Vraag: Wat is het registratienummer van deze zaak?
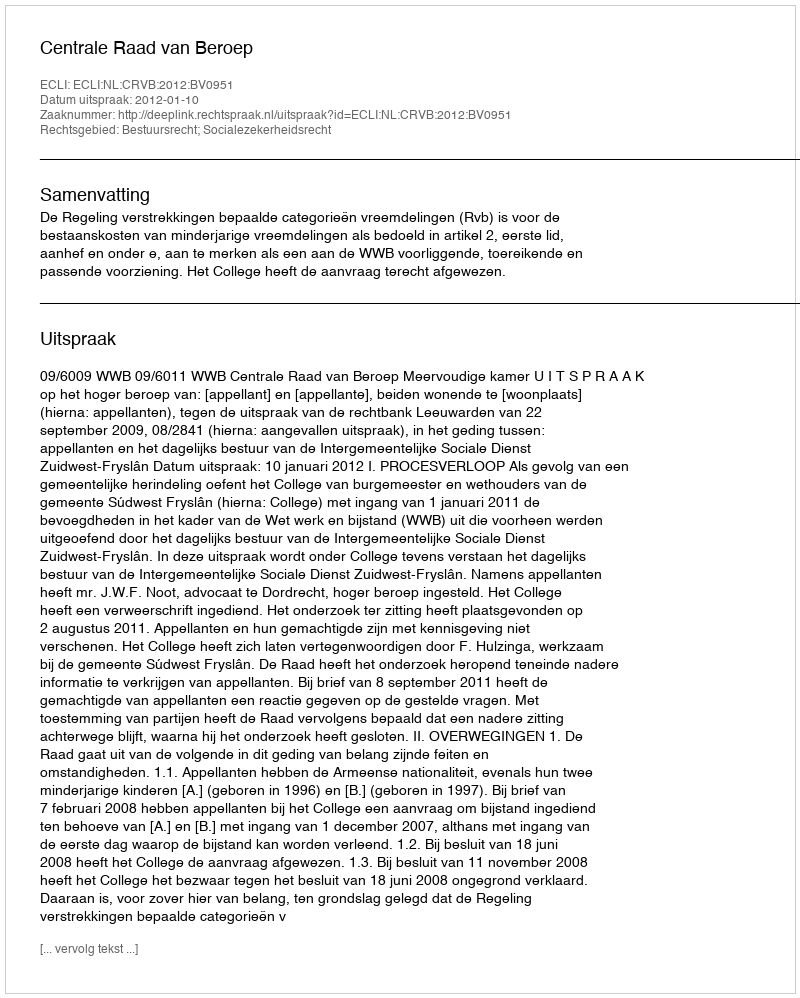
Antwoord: http://deeplink.rechtspraak.nl/uitspraak?id=ECLI:NL:CRVB:2012:BV0951